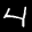
Label: 4